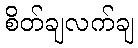
စိတ်ချလက်ချ